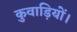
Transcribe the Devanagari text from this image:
कुवाड़ियों।